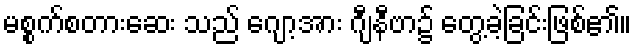
မစ္စက်စတားဆေး သည် ဂျော့အား ဂျီနီဗာ၌ တွေ့ခဲ့ခြင်းဖြစ်၏။